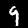
Digit: 9